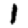
Digit: 1